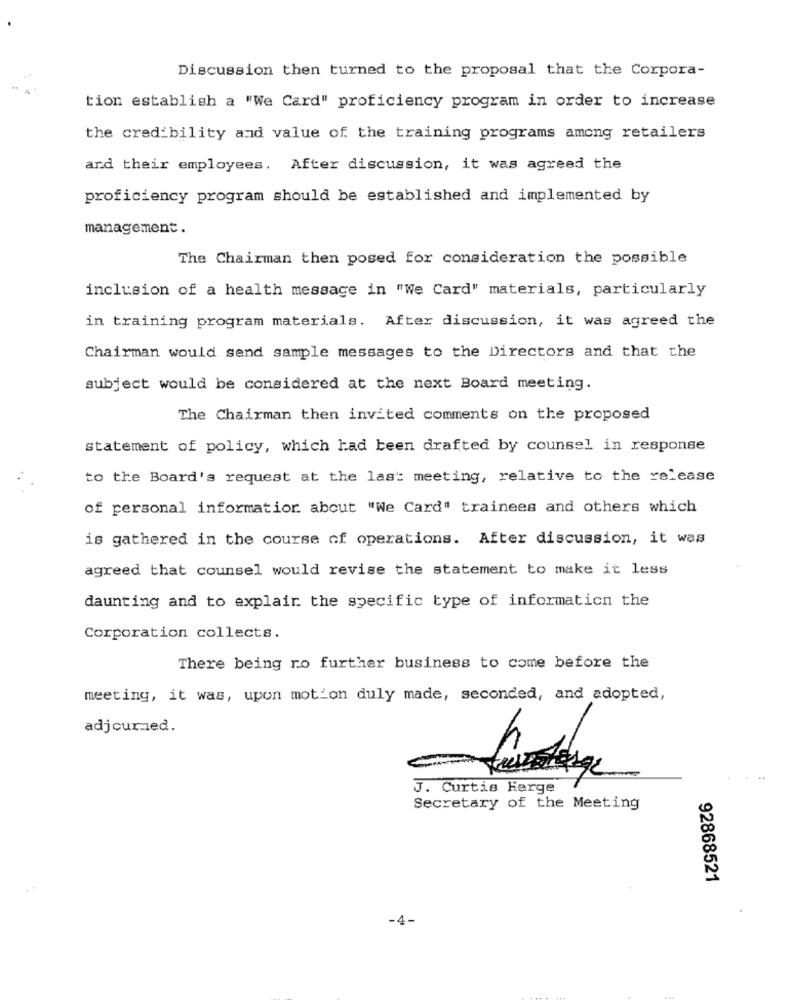
Discussion then turned to the proposal that the Corpora-
tion establish a "We Card" proficiency program in order to increase
the credibility and value of the training programs among retailers
ard their employees. After discussion, it was agreed the
proficiency program should be established and implemented by
management.
The Chairman then posed for consideration the possible
inclusion of a health message in "We Card" materials, particularly
in training program materials. After discussion, it was agreed the
Chairman would send sample messages to the Directors and that the
subject would be considered at the next Board meeting.
The Chairman then invited comments on the proposed
statement of policy, which had been drafted by counsel in response
to the Board's request at the last meeting, relative to the release
of personal information about "We Card" trainees and others which
is gathered in the course of operations. After discussion, it was
agreed that counsel would revise the statement to make it less
daunting and to explain the specific type of information the
Corporation collects.
There being ro further business to come before the
meeting, it was, upon motion duly made, seconded, and adopted,
adjcurmed.
J. Curtis Kerge
Secretary of the Meeting
92868521
-4-